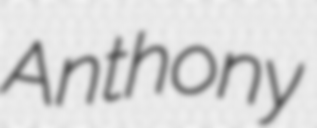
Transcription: Anthony